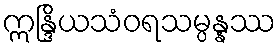
ဣန္ဒြိယသံဝရသမ္ပန္နဿ